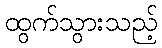
ထွက်သွားသည့်